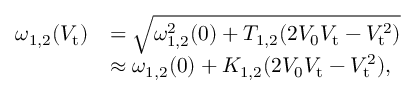
\begin{array} { r l } { \omega _ { 1 , 2 } ( V _ { \mathrm { t } } ) } & { = \sqrt { \omega _ { 1 , 2 } ^ { 2 } ( 0 ) + T _ { 1 , 2 } ( 2 V _ { 0 } V _ { \mathrm { t } } - V _ { \mathrm { t } } ^ { 2 } ) } } \\ & { \approx \omega _ { 1 , 2 } ( 0 ) + K _ { 1 , 2 } ( 2 V _ { 0 } V _ { \mathrm { t } } - V _ { \mathrm { t } } ^ { 2 } ) , } \end{array}